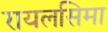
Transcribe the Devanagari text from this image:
रायलसिमा